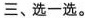
三、选一选。